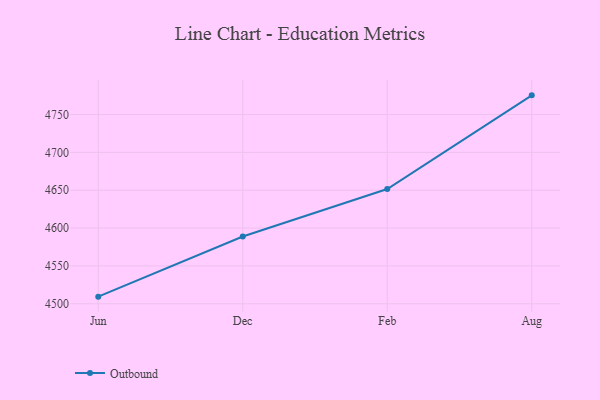
{"axis": {"x": "Month", "y": "Active Users"}, "legend": ["Outbound"], "data": [{"x": "Jun", "y": 4509.4, "type": "Outbound"}, {"x": "Dec", "y": 4588.8, "type": "Outbound"}, {"x": "Feb", "y": 4651.6, "type": "Outbound"}, {"x": "Aug", "y": 4775.3, "type": "Outbound"}]}